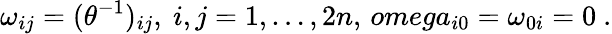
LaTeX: \omega_{ij}=(\theta^{-1})_{ij},\ i,j=1,\dots,2n,\, omega_{i0}=\omega_{0i}=0\ .